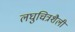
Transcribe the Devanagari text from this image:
लघुचित्रशैली